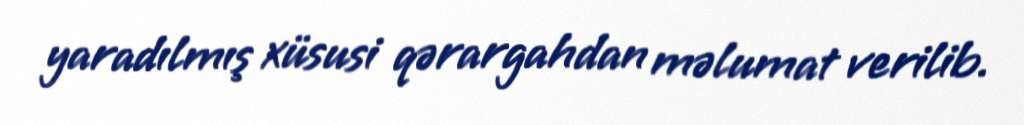
yaradılmış xüsusi qərargahdan məlumat verilib.